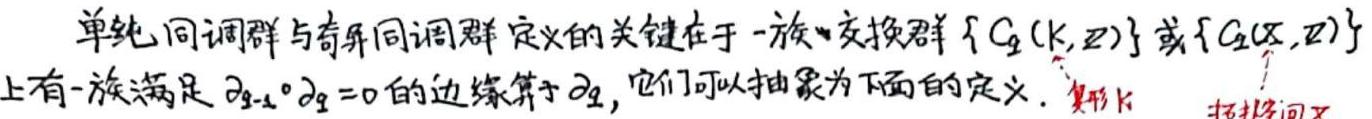
单纯同调群与奇异同调群定义的关键在于一族交换群$\{ C_q(K,\mathbb{Z})\}$或$\{ C_q(X,\mathbb{Z})\}$上有一族满足$\partial_{q - 1} \circ \partial_q = 0$的边缘算子$\partial_q$，它们可以抽象为下面的定义. 复形$K$ 拓扑空间$X$